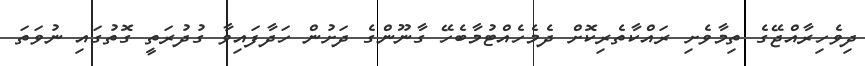
ދިވެހިރާއްޖޭގެ ތިމާވެށި ރައްކާތެރިކޮށް ދެމެހެއްޓުމާބެހޭ ގާނޫންގެ ދަށުން ހަދާފައިވާ ގުދުރަތީ ގޮތުގައި ނުވަތަ